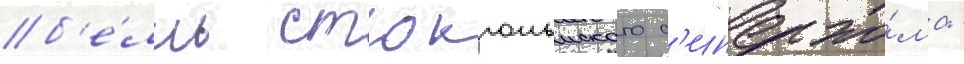
б'е́лль стокгольмского с'индро́ма -